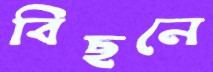
বিছনে